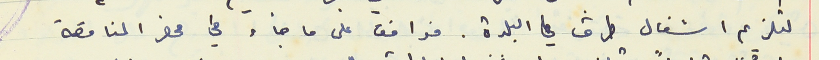
لتلزيم اشغال طرق في البلدة. فوافق على ما جاء في محضر المناقصة